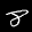
Label: 8